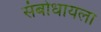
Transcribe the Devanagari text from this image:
संबोधायला